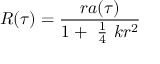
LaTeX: R ( \tau ) = \frac { r a ( \tau ) } { 1 + \mathrm { ~ \frac { 1 } { 4 } ~ } k r ^ { 2 } }